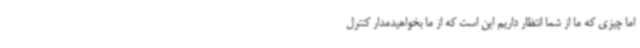
اما چیزی که ما از شما انتظار داریم این است که از ما بخواهیدمدار کنترل